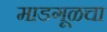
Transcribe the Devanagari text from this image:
माडगूळचा